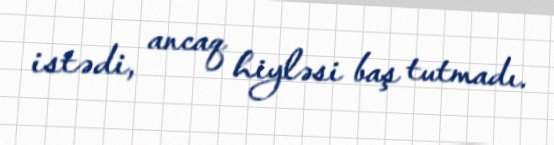
istədi, ancaq hiyləsi baş tutmadı.